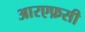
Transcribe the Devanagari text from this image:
आरएफ़सी